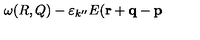
\omega ( R , Q ) - \varepsilon _ { k ^ { \prime \prime } } E ( { \bf r } + { \bf q } - { \bf p }